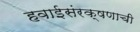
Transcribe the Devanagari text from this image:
हवाईसंरक्षणाची